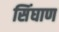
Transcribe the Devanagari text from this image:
सिंघाण